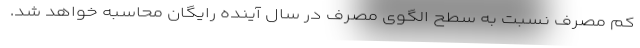
کم مصرف نسبت به سطح الگوی مصرف در سال آینده رایگان محاسبه خواهد شد.